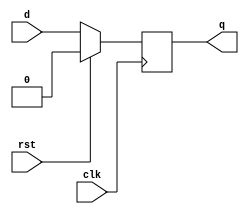
module dff_pe_sr(
    input wire clk,
    input wire rst,
    input wire d,
    output reg q
);

always @(posedge clk) begin
    if (rst)
        q <= 0;
    else
        q <= d;
end

endmodule